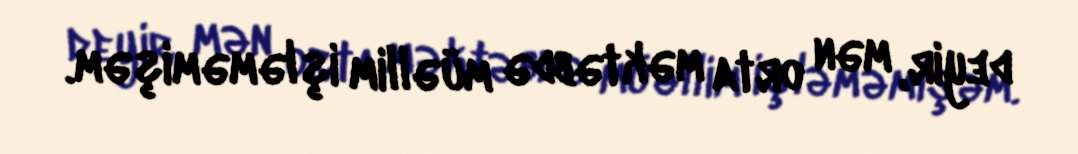
deyir, mən orta məktəbdə müəllim işləməmişəm.